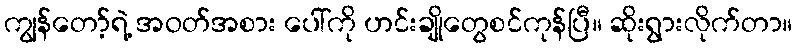
ကျွန်တော့်ရဲ့ အဝတ်အစား ပေါ်ကို ဟင်းချိုတွေစင်ကုန်ပြီ။ ဆိုးရွားလိုက်တာ။